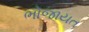
ભોજાયત